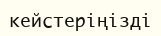
кейстеріңізді